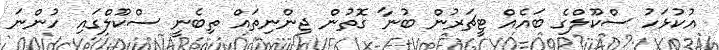
އުކުޅަހު ސްކޫލްގެ ބައެއް ޓީޗަރުން ބުނާ ގޮތުން ޖިންނިތައް ތިބެނީ ސްކޫލްގައި ހުންނަ